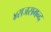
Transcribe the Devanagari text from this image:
४राजसमन्द